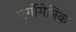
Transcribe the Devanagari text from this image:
एर्गोगेनिक